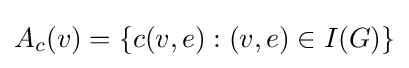
A_{c}(v)=\{c(v,e):(v,e)\in I(G)\}